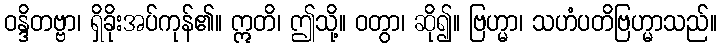
ဝန္ဒိတဗ္ဗာ၊ ရှိခိုးအပ်ကုန်၏။ ဣတိ၊ ဤသို့။ ဝတွာ၊ ဆို၍။ ဗြဟ္မာ၊ သဟံပတိဗြဟ္မာသည်။